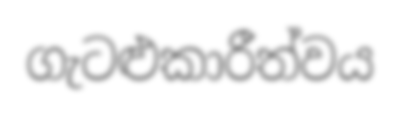
ගැටළුකාරීත්වය